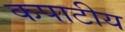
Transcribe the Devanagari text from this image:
कपाटीय